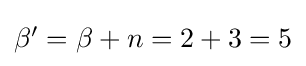
{\textstyle \beta '=\beta +n=2+3=5}